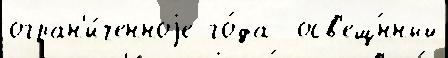
огран'и́ченноjе го́да  осв'ещ́нный